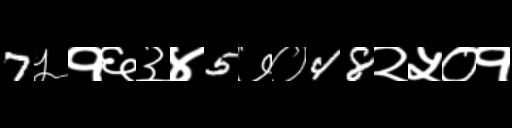
Text: 7५१६३४5७०48२५०१